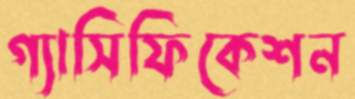
গ্যাসিফিকেশন